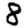
Digit: 8